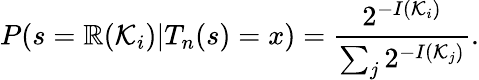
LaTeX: P(s=\mathbb{R}(\mathcal{K}_{i})|T_{n}(s)=x)={\frac{{2^{-I(\mathcal{K}_{i})}}}{{\sum_{j}2^{-I(\mathcal{K}_{j})}}}}.